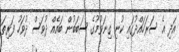
އަދި އެ ސަރަހައްދުގައި ކުނި ގިނަވުމުގެ ސަބަބުން ބައެއް ދުވަސް ދުވަހު ފަރިތަ